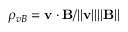
\rho _ { v B } = \mathbf { v } \cdot \mathbf { B } / \lVert \mathbf { v } \rVert \lVert \mathbf { B } \rVert